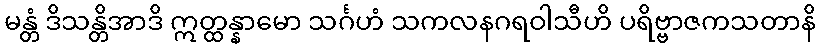
မန္တံ ဒိသန္တိအာဒိ ဣတ္ထန္နာမော သင်္ဂဟံ သကလနဂရဝါသီဟိ ပရိဗ္ဗာဇကသတာနိ